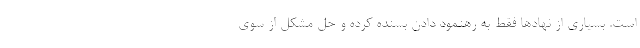
است. بسیاری از نهادها فقط به رهنمود دادن بسنده کرده و حل مشکل از سوی